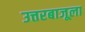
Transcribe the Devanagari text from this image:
उत्तरबाजूला